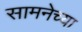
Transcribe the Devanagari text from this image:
सामनेच्या